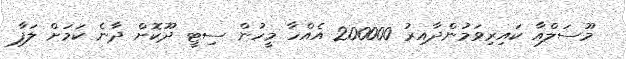
މޫސަލްއާ ކައިރިވަމުންދާއިރު 200000 އެއްހާ މީހުން ސިޓީ ދޫކޮށް ދާނެ ކަމަށް ލަފާ